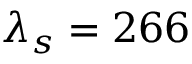
\lambda _ { s } = 2 6 6